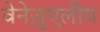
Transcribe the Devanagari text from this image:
वेनेज़ुएलीय